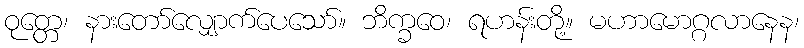
ဝုတ္တေ၊ နားတော်လျှောက်ပေသော်။ ဘိက္ခဝေ၊ ရဟန်းတို့။ မဟာမောဂ္ဂလာနေန၊